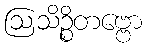
ဩသိဉ္စိတဗ္ဗော